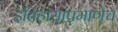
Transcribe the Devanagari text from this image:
इतिहासाप्रमाणेच